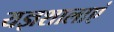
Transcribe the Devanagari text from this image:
यज्ञशालाएं